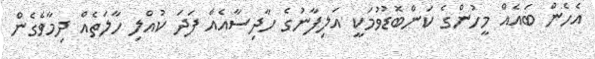
އެހެން ބައެއް މީހުންގެ ކަންބޮޑުވުމަކީ އަލިފާނުގެ ހާދިސާއެއް ފަދަ ކުއްލި ހާލަތެއް ދިމާވެގެން